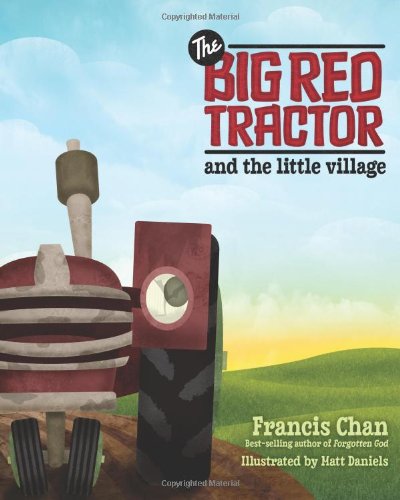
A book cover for The Big Red Tractor and the Little Village; Francis Chan; Children's Books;